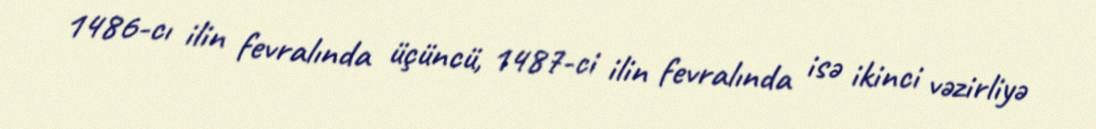
1486-cı ilin fevralında üçüncü, 1487-ci ilin fevralında isə ikinci vəzirliyə